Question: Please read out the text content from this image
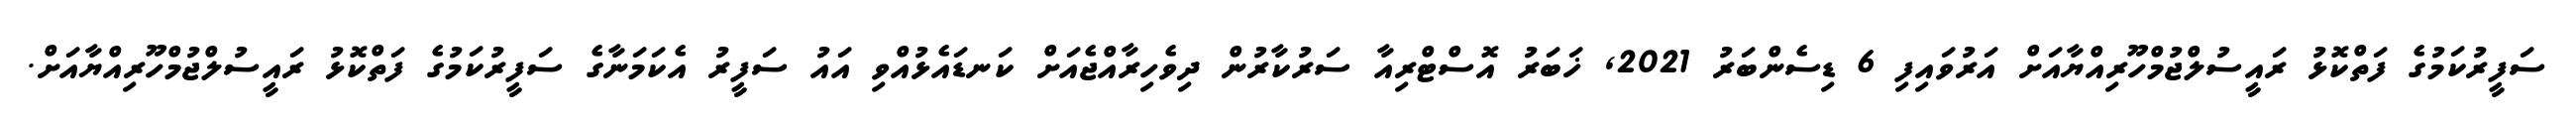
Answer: ސަފީރުކަމުގެ ފަތްކޮޅު ރައީސުލްޖުމްހޫރިއްޔާއަށް އަރުވައިފި 6 ޑިސެންބަރު 2021, ޚަބަރު އޮސްޓްރިއާ ސަރުކާރުން ދިވެހިރާއްޖެއަށް ކަނޑައެޅުއްވި އައު ސަފީރު އެކަމަނާގެ ސަފީރުކަމުގެ ފަތްކޮޅު ރައީސުލްޖުމްހޫރިއްޔާއަށް.